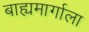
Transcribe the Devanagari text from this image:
बाह्यमार्गाला